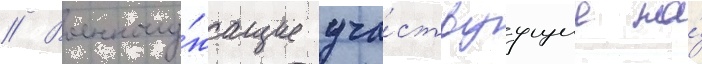
// Военнослу́жащие уча́ствуущие на́